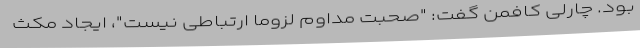
بود. چارلی کافمن گفت: "صحبت مداوم لزوماً ارتباطی نیست"، ایجاد مکث